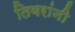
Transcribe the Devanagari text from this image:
तिवरांनी